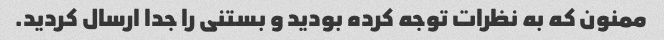
ممنون که به نظرات توجه کرده بودید و بستنی را جدا ارسال کردید.